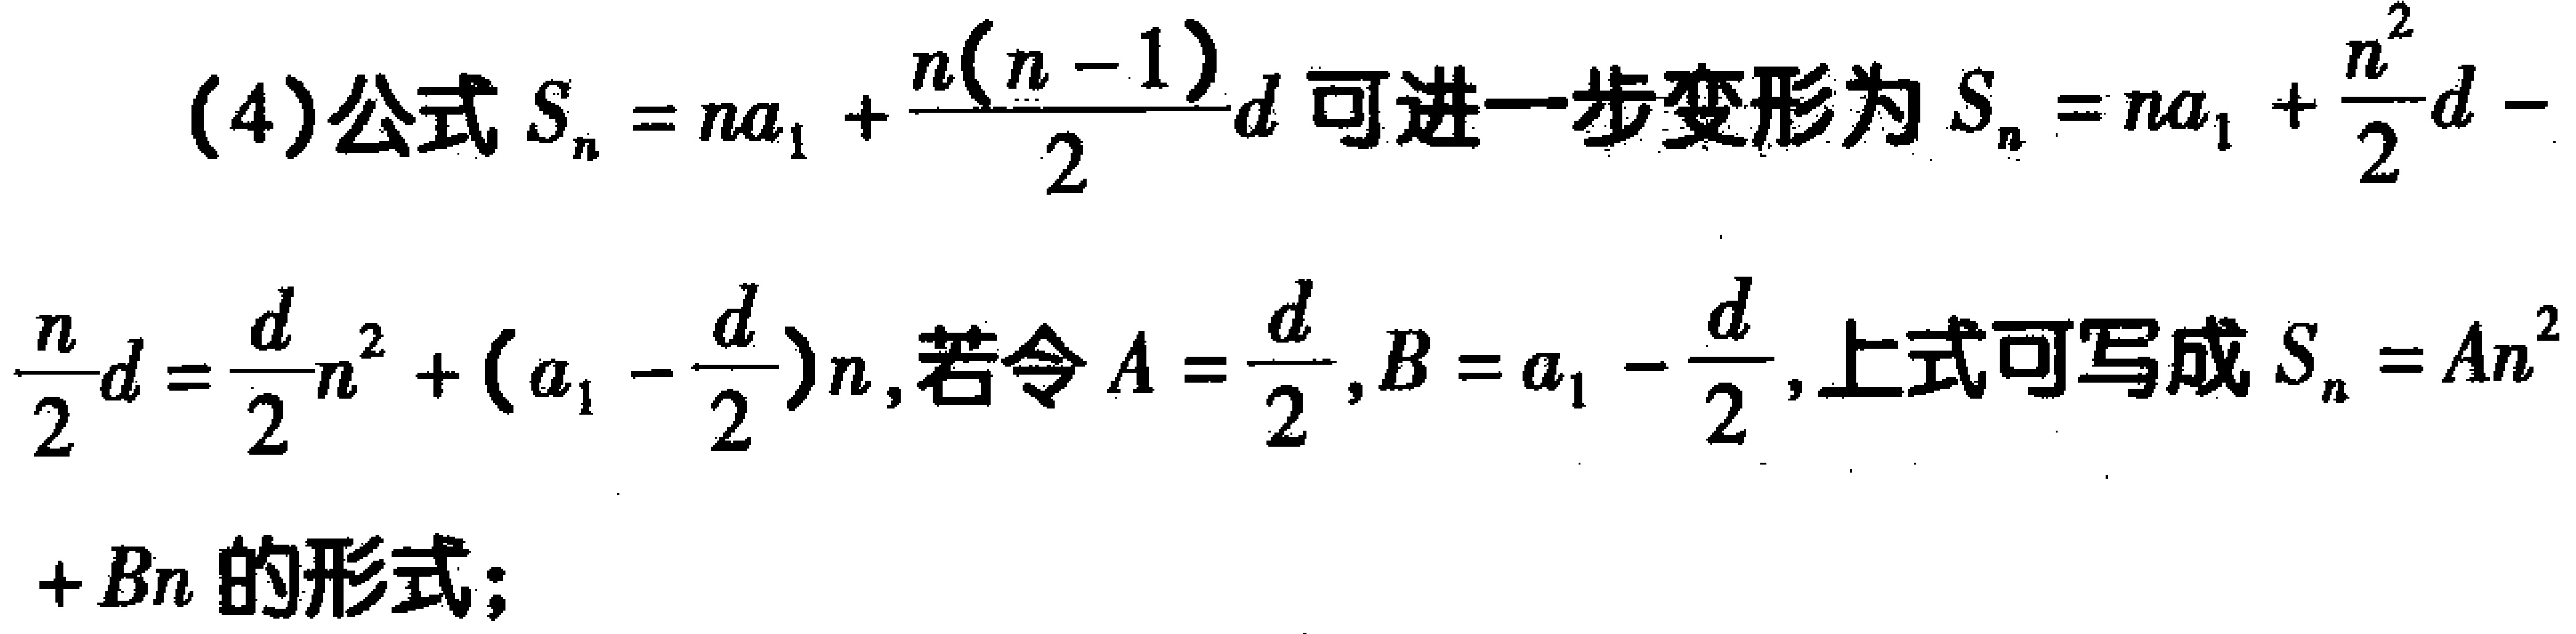
(4)公式\(S_{n}=na_{1}+\frac{n(n - 1)}{2}d\)可进一步变形为\(S_{n}=na_{1}+\frac{n^{2}}{2}d-\frac{n}{2}d=\frac{d}{2}n^{2}+(a_{1}-\frac{d}{2})n\)，若令\(A = \frac{d}{2},B = a_{1}-\frac{d}{2}\)，上式可写成\(S_{n}=An^{2}+Bn\)的形式；